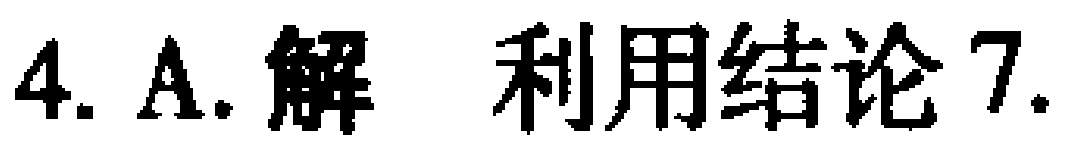
4. A. 解 利用结论7.